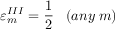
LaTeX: { \varepsilon } _ { m } ^ { I I I } = \frac { 1 } { 2 } \; \; \; ( a n y \; m )